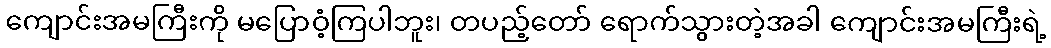
ကျောင်းအမကြီးကို မပြောဝံ့ကြပါဘူး၊ တပည့်တော် ရောက်သွားတဲ့အခါ ကျောင်းအမကြီးရဲ့